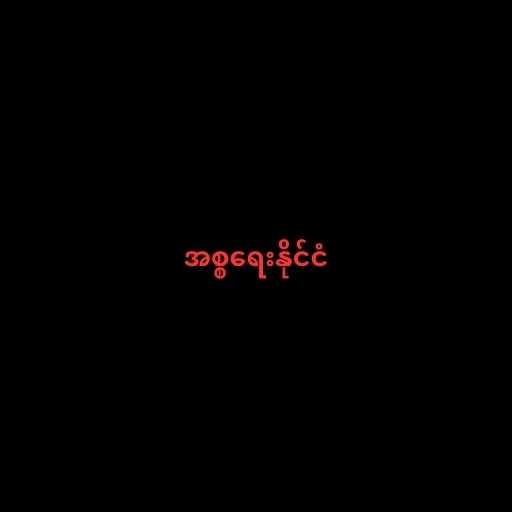
အစ္စရေးနိုင်ငံ